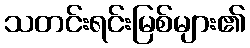
သတင်းရင်းမြစ်များ၏